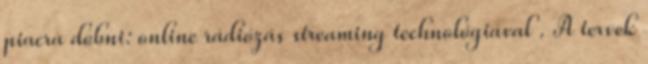
piacra dobni: online rádiózás streaming technológiával . A tervek